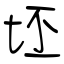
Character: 坯